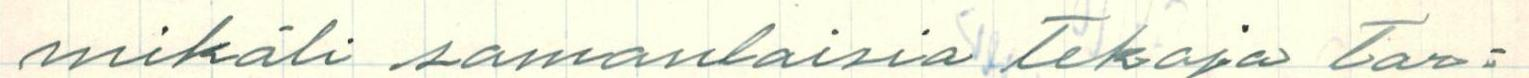
mikäli samanlaisia Tekoja Tar=